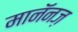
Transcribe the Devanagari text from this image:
मानॅनज़